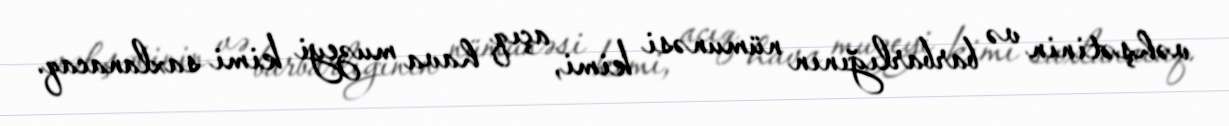
vəhşətinin və barbarlığının nümunəsi kimi, açıq hava muzeyi kimi saxlanacaq.